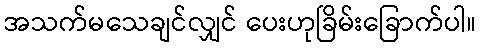
အသက်မသေချင်လျှင် ပေးဟုခြိမ်းခြောက်ပါ။